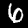
Digit: 6